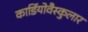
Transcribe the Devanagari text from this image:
कार्डियोवैस्कुलार